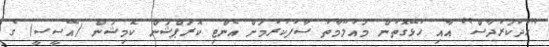
"ހުދުކަރުދާސް" އާއި ހުޅޭގޮތުން މައުލޫމާތު ސާފުކުރުމަށް އެންޓި ކޮރަޕްޝަން ކޮމިޝަން (އޭސީސީ) ގެ